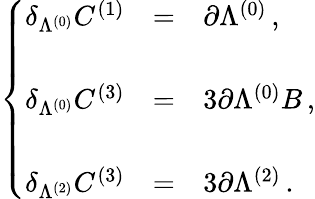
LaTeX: \left\{ \begin{array}{rcl}{{\delta_{\Lambda^{(0)}}C^{(1)}}}&{{=}}&{{\partial\Lambda^{(0)}\, ,}}\\ {{}}&{{}}&{{}}\\ {{\delta_{\Lambda^{(0)}}C^{(3)}}}&{{=}}&{{3\partial\Lambda^{(0)}B\, ,}}\\ {{}}&{{}}&{{}}\\ {{\delta_{\Lambda^{(2)}}C^{(3)}}}&{{=}}&{{3\partial\Lambda^{(2)}\, .}}\end{array}\right.